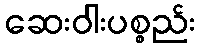
ဆေးဝါးပစ္စည်း